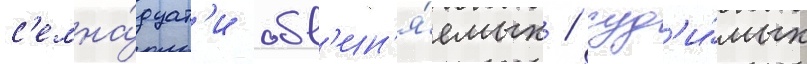
с'емна́дцат'и обв'ин'я́емых / суд'и́мых